Vital statistics of India. Vol. V, Reports of 1876 on armies & jails and on epidemic cholera
Year: 1876
Disease focus: Cholera
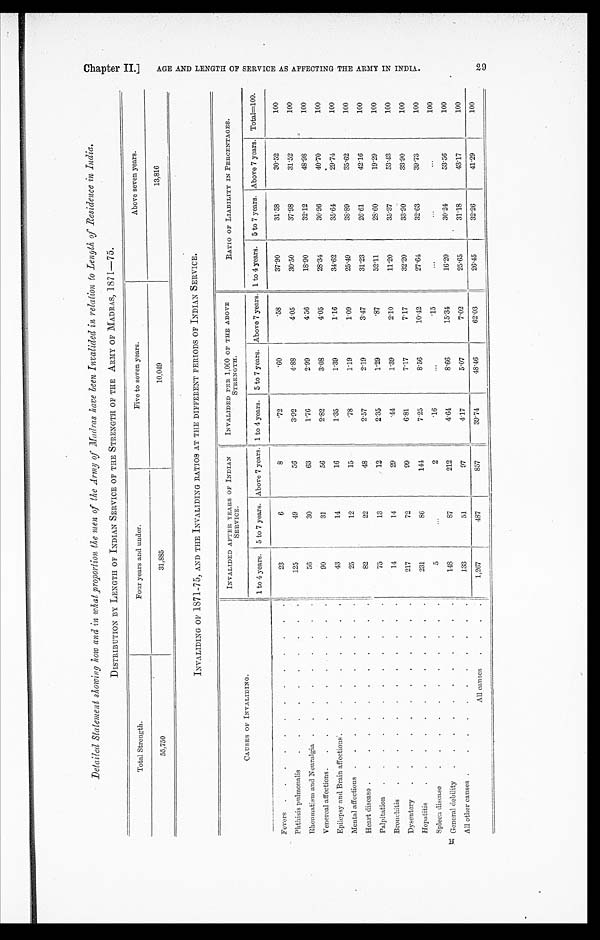
DISTRIBUTION BY LENGTH OF INDIAN SERVICE OF THE STRENGTH OF THE ARMY OF MADRAS, 1871—75.
Total Strength.
Four years and under.
Five to seven years.
Above seven years.
55,750
31,885
10,049
13,816
INVALIDING OF 1871-75, AND THE INVALIDING RATIOS AT THE DIFFERENT PERIODS OF INDIAN SERVICE.
CAUSES OF INVALIDING.
INVALIDED AFTER YEARS OF INDIAN
SERVICE.
INVALIDED PER 1,000 OF THE ABOVE
STRENGTH.
RATIO OF LIABILITY IN PERCENTAGES.
1 to 4 years.
5 to 7 years. Above 7 years. 1 to 4 years.
5 to 7 years. Above 7 years. 1 to 4 years.
5 to 7 years. Above 7 years.
Total=100.
Fevers . . .
23
6
8
.72
.60
.58
37.90
31.58
30.52
100
Phthisis pulmonalis . . .
125
49
56
3.92
4.88
4.05
30.50
37.98
31.52
100
Rheumatism and Neuralgia . . .
56
30
63
1. 76
2.99
4.56
18.90
32.12
48.98
100
Venereal affections . . .
90
31
56
2.82
3.08
4.05
28.34
30.96
40.70
100
Epilepsy and Brain affections . . .
43
14
16
1.35
1.39
1.16
34.62
35.64
29.74
100
Mental affections . . .
25
12
15
78
1.19
1.09
25.49
38.89
35.62
100
Heart disease . . .
82
22
48
2.57
2.19
3.47
31.23
26.61
42.16
100
Palpitation . . .
75
13
12
2.35
1.29
.87
52.11
28.60
19.29
100
Bronchitis . . .
14
14
29
.44
1.39
2 . 1 0
11.20
35.37
53.43
100
Dysentery . . .
217
72
99
6.81
7.17
7.17
32.20
33.90
33.90
100
Hepatitis . . .
231
86
144
7.25
8.56
10.42
27.64
32.63
39.73
100
Spleen disease . . .
5
. . .
2
.16
. . .
.15
. . .
. . .
. . .
100
General debility . . .
1 4 8
87
212
4.64
8.66
15.34
16.20
30.24
53.56
100
All other causes . . .
133
51
97
4. 17
5.07
7.02
25.65
31.18
43.17
100
All causes . . .
1,267
487
8 5 7
39.74
48.46
62.03
26.45
32.26
41.29
100
C h a p t e r I I . ] A G E A N D L E N G T H O F S E R V I C E A S A F F E C T I N G T H E A R M Y I N I N D I A .